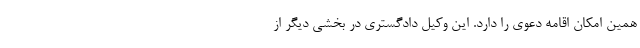
همین امکان اقامه دعوی را دارد. این وکیل دادگستری در بخشی دیگر از